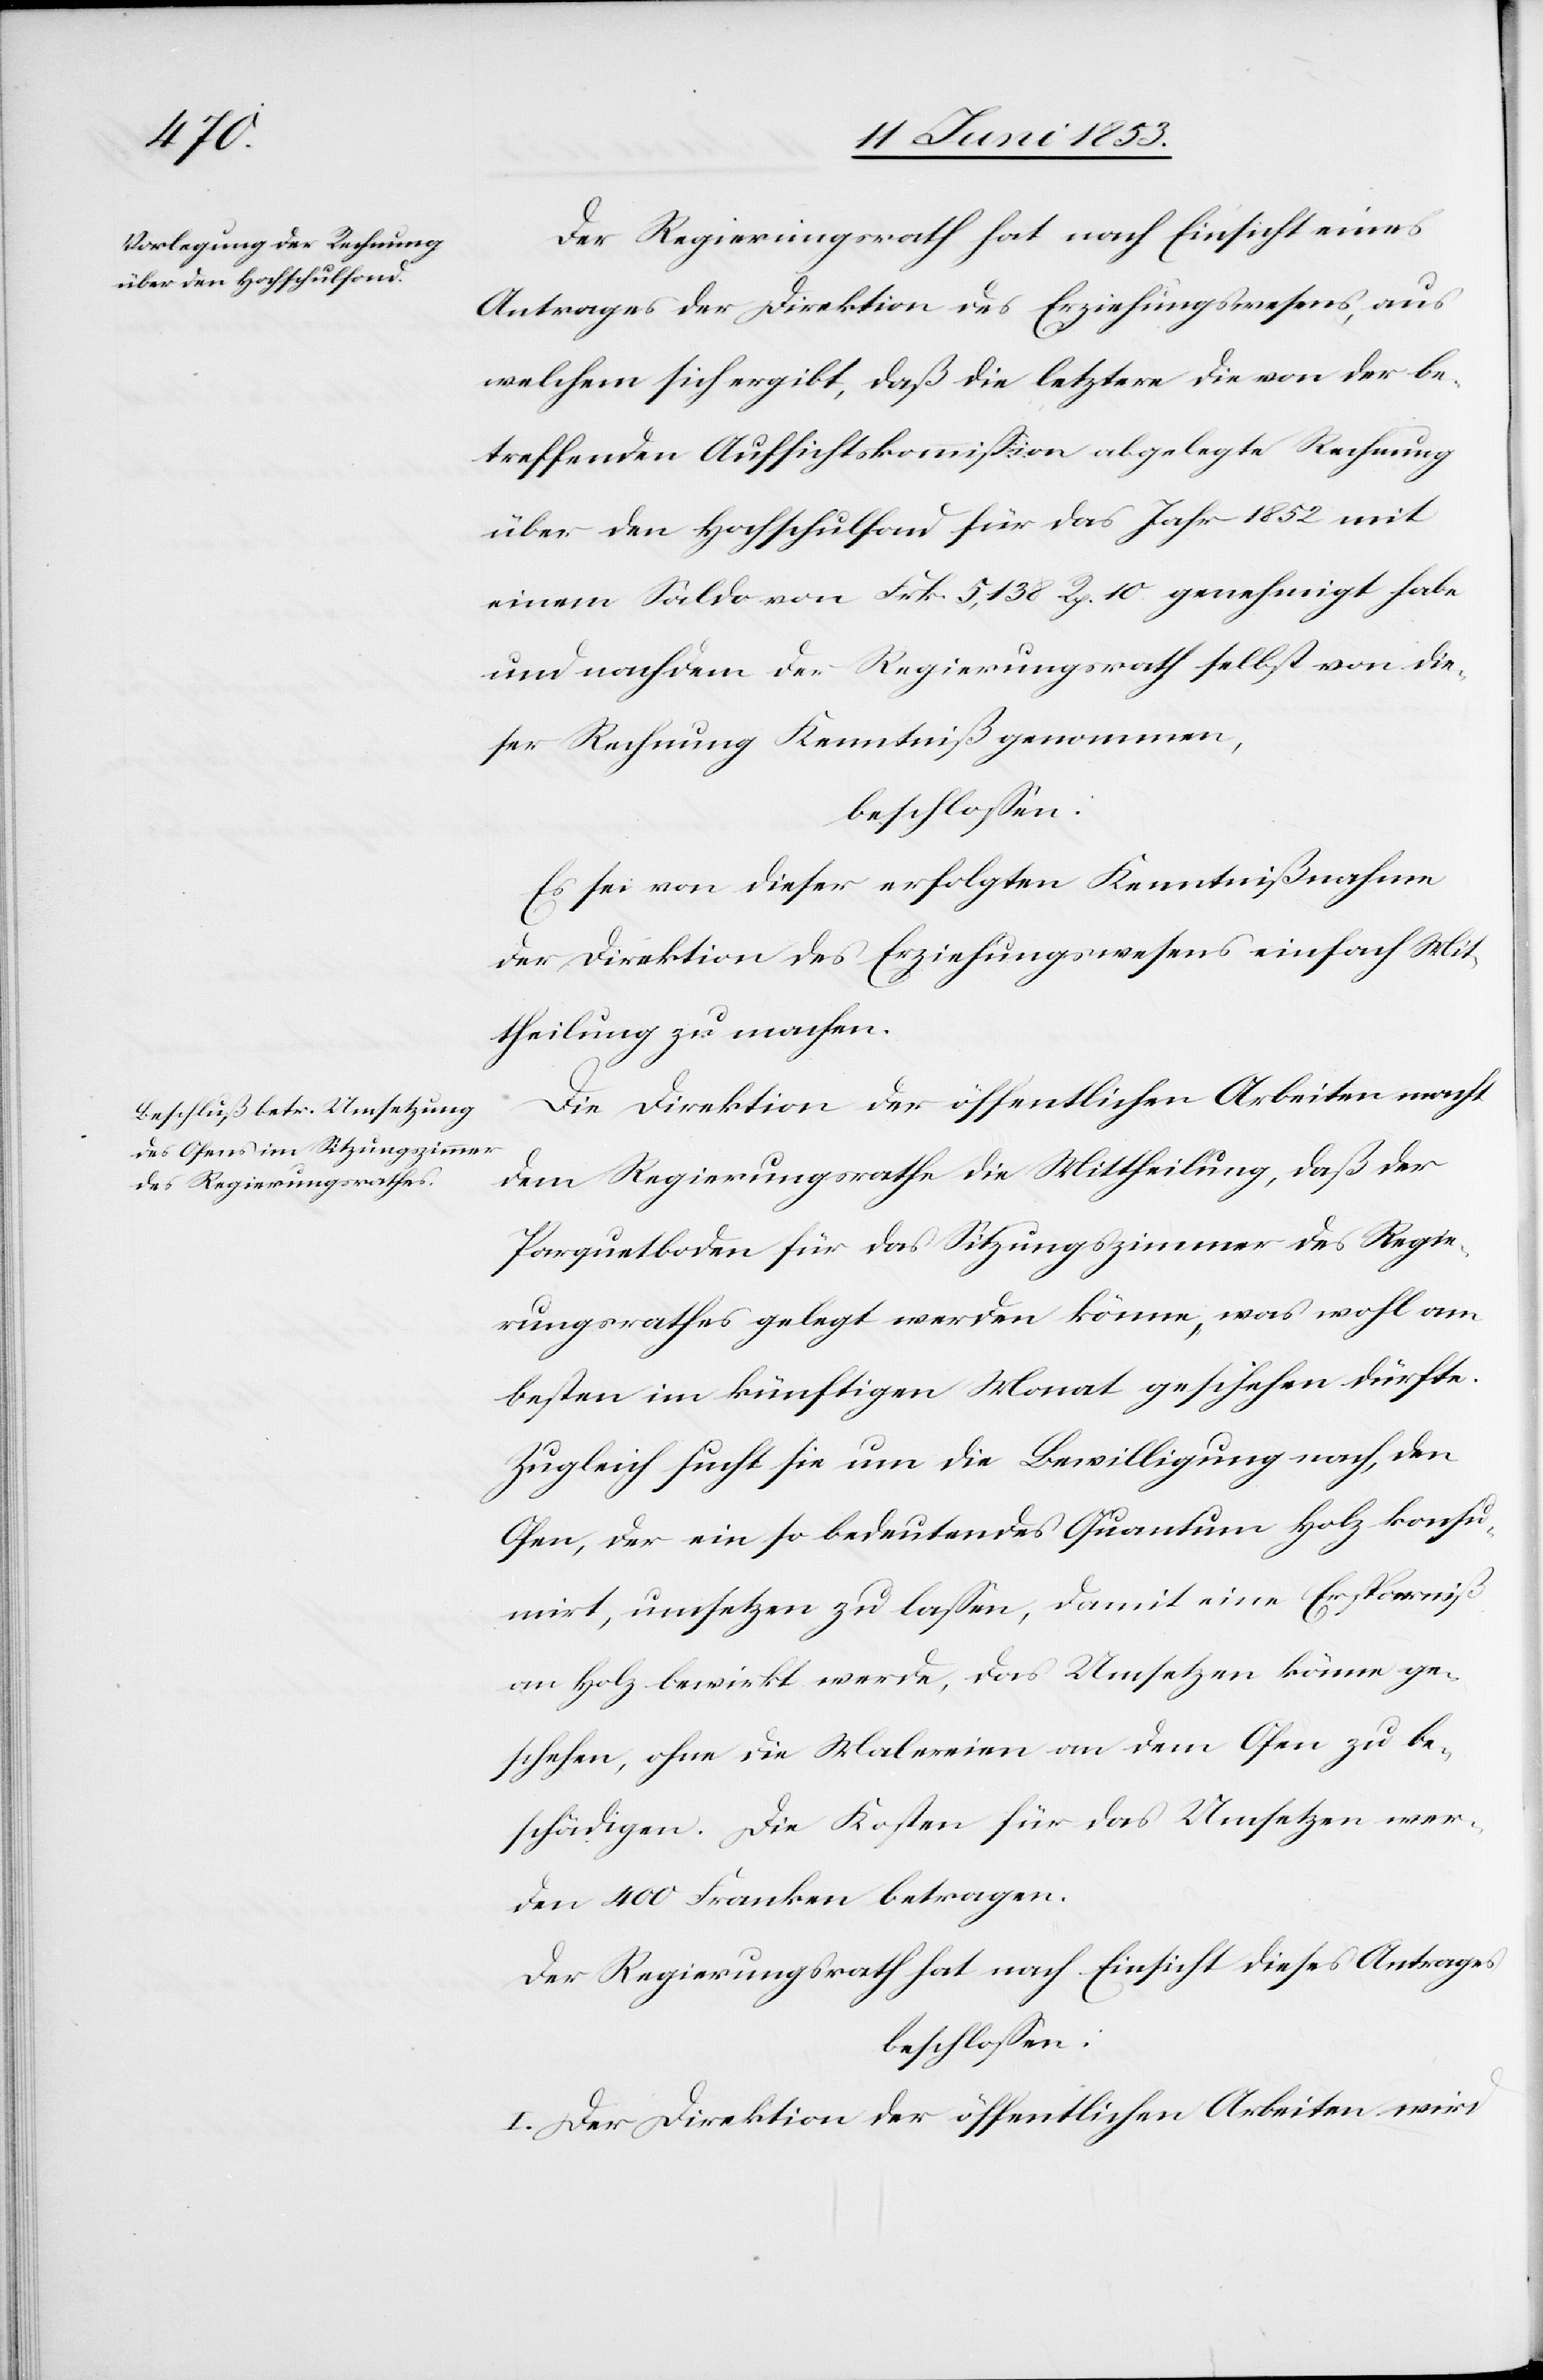
Der Regierungsrath hat nach Einsicht eines
Antrages der Direktion des Erziehungswesens, aus
welchem sich ergibt, daß die letztere die von der be¬
treffenden Aufsichtskommißion abgelegte Rechnung
über den Hochschulfond für das Jahr 1852 mit
einem Saldo von Frk. 5,138 Rp. 10 genehmigt habe
und nachdem der Regierungsrath selbst von die¬
ser Rechnung Kenntniß genommen,
beschloßen:
Es sei von dieser erfolgten Kenntnißnahme
der Direktion des Erziehungswesens einfach Mit¬
theilung zu machen.
Die Direktion der öffentlichen Arbeiten macht
dem Regierungsrathe die Mittheilung, daß der
Parquetboden für das Sitzungszimmer des Regie¬
rungsrathes gelegt werden könne, was wohl am
besten im künftigen Monat geschehen dürfte.
Zugleich sucht sie um die Bewilligung nach, den
Ofen, der ein so bedeutendes Quantum Holz konsu¬
mirt, umsetzen zu laßen, damit eine Ersparniß
an Holz bewirkt werde, das Umsetzen könne ge¬
schehen, ohne die Malereien an dem Ofen zu be¬
schädigen. Die Kosten für das Umsetzen wer¬
den 400 Franken betragen.
Der Regierungsrath hat nach Einsicht dieses Antrages
beschloßen:
I. Der Direktion der öffentlichen Arbeiten wird